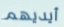
أيديهم